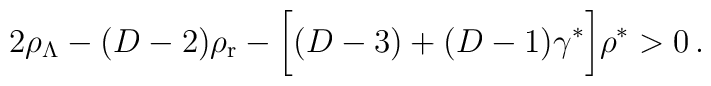
2 \rho_{\Lambda} - (D-2)\rho_{\rm r} - \biggl[(D-3) +(D-1)\gamma^*\biggr]\rho^*>0\, .